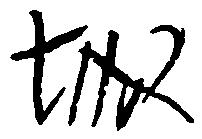
城